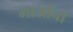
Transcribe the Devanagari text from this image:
माओचा